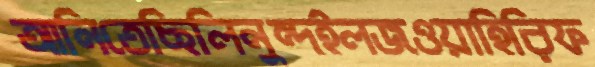
আনিতেছিলিনুন্দইলজওয়াহিরিফ